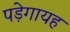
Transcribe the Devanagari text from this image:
पड़ेगायह